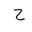
Letter: _ha